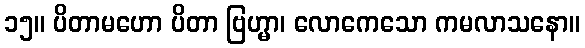
၁၅။ ပိတာမဟော ပိတာ ဗြဟ္မာ၊ လောကေသော ကမလာသနော။